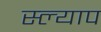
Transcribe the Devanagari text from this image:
स्ल्याप